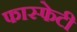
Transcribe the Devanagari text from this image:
फास्फेटी